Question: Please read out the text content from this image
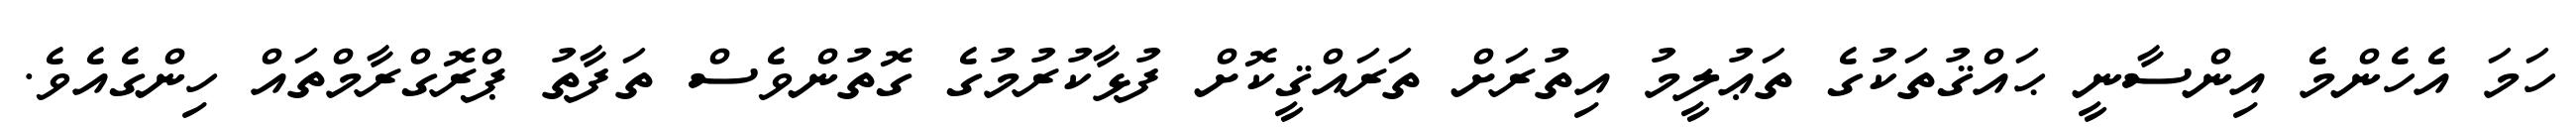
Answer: ހަމަ އެހެންމެ އިންސާނީ ޙައްޤުތަކުގެ ތަޢުލީމު އިތުރަށް ތަރައްޤީކޮށް ފުޅާކުރުމުގެ ގޮތުންވެސް ތަފާތު ޕްރޮގްރާމްތައް ހިންގެއެވެ.